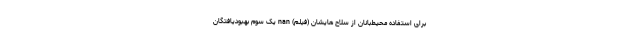
برای استفاده محیط‌بانان از سلاح هایشان (فیلم) nan یک سوم بهبودیافتگان